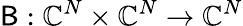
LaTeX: \mathsf{B}:\mathbb{C}^{N}\times\mathbb{C}^{N}\to\mathbb{C}^{N}